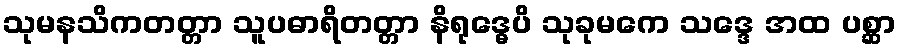
သုမနသိကတတ္တာ သူပဓာရိတတ္တာ နိရုဒ္ဓေပိ သုခုမကေ သဒ္ဒေ အထ ပစ္ဆာ